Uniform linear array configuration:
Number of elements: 24
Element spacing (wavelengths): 0.5
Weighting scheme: blackman
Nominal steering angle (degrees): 45
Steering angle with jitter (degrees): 46.303
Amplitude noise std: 0.05
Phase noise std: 0.05

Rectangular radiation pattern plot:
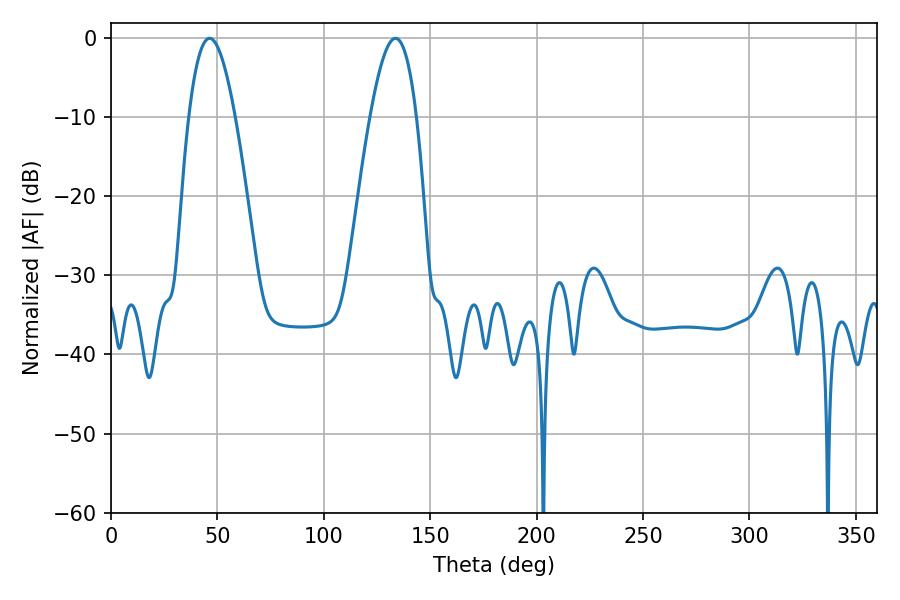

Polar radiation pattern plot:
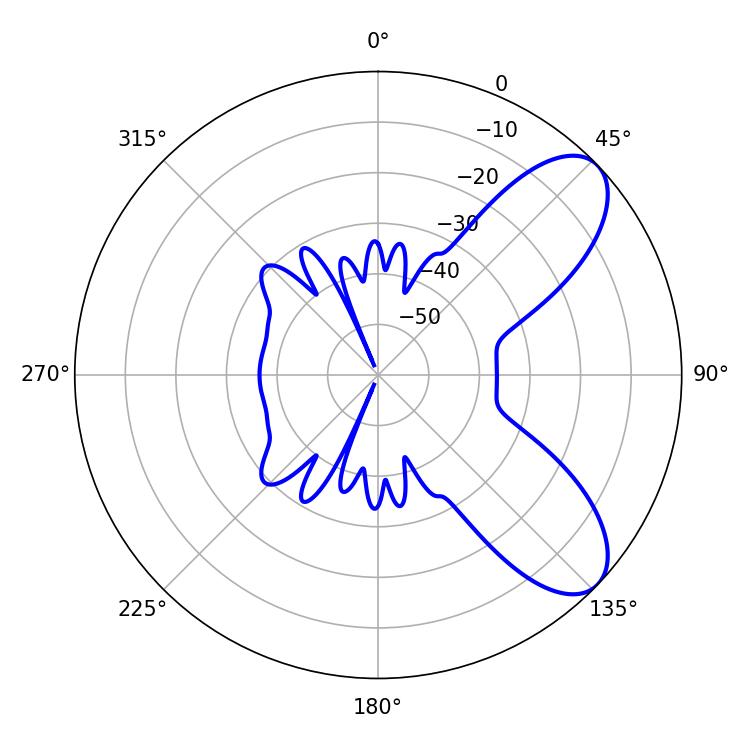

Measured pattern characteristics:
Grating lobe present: FALSE
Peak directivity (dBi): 7.879
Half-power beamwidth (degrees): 11.88
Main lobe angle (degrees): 46.26